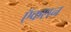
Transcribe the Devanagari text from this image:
ऍकशन